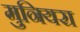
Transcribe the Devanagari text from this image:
मुनियरा